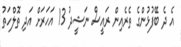
އެ ދެ ބޭފުޅުންގެ ތެރެއިން ރައީސް ނަޝީދު 13 އަހަރަށް އަދި ތޮލްހަތު